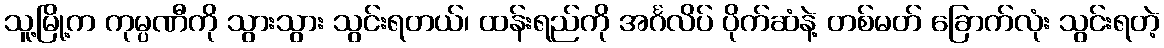
သူ့မြို့က ကုမ္ပဏီကို သွားသွား သွင်းရတယ်၊ ထန်းရည်ကို အင်္ဂလိပ် ပိုက်ဆံနဲ့ တစ်မတ် ခြောက်လုံး သွင်းရတဲ့